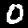
Label: 0